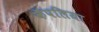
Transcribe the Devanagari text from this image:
कॅपलिया